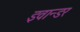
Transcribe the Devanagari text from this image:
इवान्डर